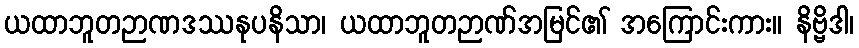
ယထာဘူတဉာဏဒဿနုပနိသာ၊ ယထာဘူတဉာဏ်အမြင်၏ အကြောင်းကား။ နိဗ္ဗိဒါ၊